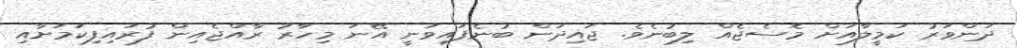
ދަންވަރު ކަމީލާއަށް މެސެޖެއް ލިބުނެވެ. ޖައިދަން ބުނެފައިވަނީ އޭނަ މިހާރު ރާއްޖެއިން ފުރައިފިކަމަށާއި